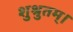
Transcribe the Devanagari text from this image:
शुश्रुतम्।